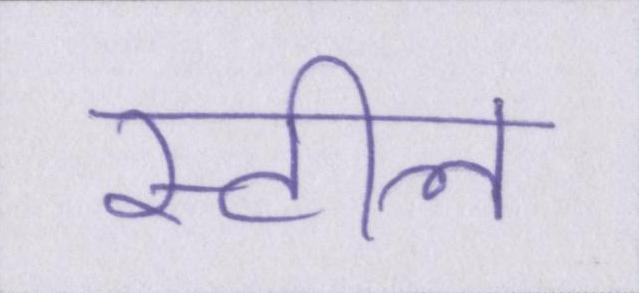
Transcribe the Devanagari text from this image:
स्टील